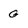
Character: g